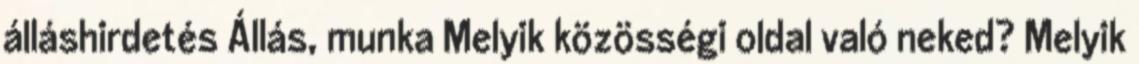
álláshirdetés Állás, munka Melyik közösségi oldal való neked? Melyik